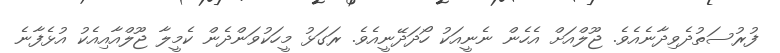
ފުރުސަތުދެވިދާނެއެވެ. ޖޫލްއަށް އެހެން ނެނީއަކު ހޯދަދޭނީއެވެ. ރަގަޅު މީހަކުވަންދެން ކެމީލާ ޖޫލްއާއިއެކު އުޅެފާނެ